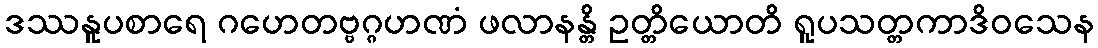
ဒဿနူပစာရေ ဂဟေတဗ္ဗဂ္ဂဟဏံ ဖလာနန္တိ ဥတ္တိယောတိ ရူပသတ္တကာဒိဝသေန